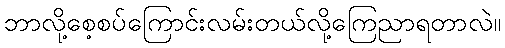
ဘာလို့စေ့စပ်ကြောင်းလမ်းတယ်လို့ကြေညာရတာလဲ။